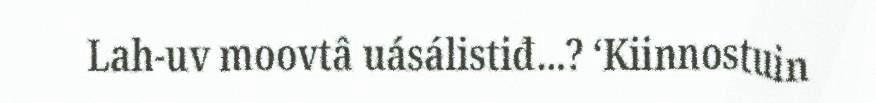
Lah-uv moovtâ uásálistiđ…? ‘Kiinnostuin